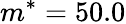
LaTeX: m^{*}=50.0